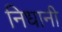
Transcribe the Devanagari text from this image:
निधानी